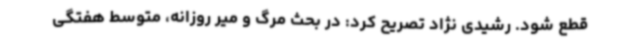
قطع شود. رشیدی نژاد تصریح کرد: در بحث مرگ و میر روزانه، متوسط هفتگی